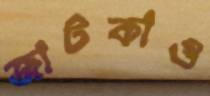
জাটকাও